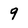
Character: 9